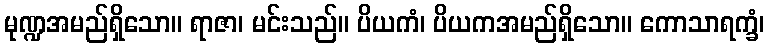
မုဏ္ဍအမည်ရှိသော။ ရာဇာ၊ မင်းသည်။ ပိယကံ၊ ပိယကအမည်ရှိသော။ ကောသာရက္ခံ၊